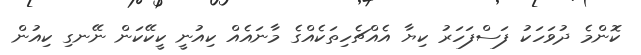
ކޮންމެ ދުވަހަކު ފަސްފަހަރު ކިޔާ އެއްޗެހިތަކެއްގެ މާނައެއް ކިއުނީ ކީކޭކަން ނޭނގި ކިއުން